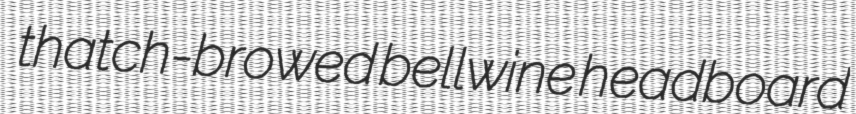
thatch-browed bellwine headboard